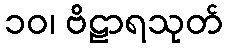
၁၀၊ ဗိဠာရသုတ်